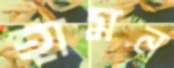
হামন